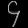
Digit: ၄